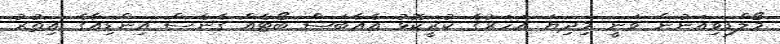
މޯލްޑިވިއަނުން ވަނީ މިދިޔަ އަހަރުގެ ކުރީކޮޅު އެއާބަސް ބޯޓެއް ގެނެސް އިންޑިއާގެ އިތުރު